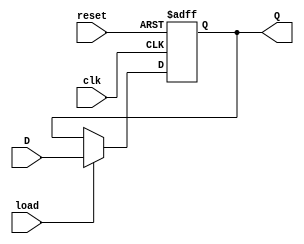
module Register_D_Flip_Flop(clk, reset, load, D, Q);
	input clk, reset, load;
	input [15 : 0]D;
	output reg [15 : 0]Q;

always @(posedge clk, posedge reset)begin
   if(reset)
      Q <= 0;
   else begin
      if(load)
         Q <= D;
   end
end

endmodule